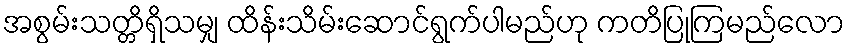
အစွမ်းသတ္တိရှိသမျှ ထိန်းသိမ်းဆောင်ရွက်ပါမည်ဟု ကတိပြုကြမည်လော